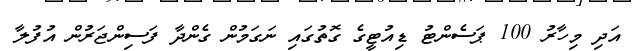
އަދި މިހާރު 100 ޕަސެންޓު ޑިއުޓީގެ ގޮތުގައި ނަގަމުން ގެންދާ ފަސިންޖަރުން އުފުލާ